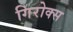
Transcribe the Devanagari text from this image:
गिरोक्स